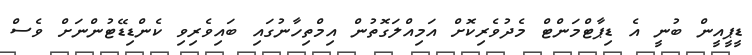
ޑީޕީއީން ބުނީ އެ ޑިޕާޓްމަންޓް މެދުވެރިކޮށް އަމިއްލަގޮތުން އިމްތިހާނުގައި ބައިވެރިވި ކެންޑިޑޭޓުންނަށް ވެސް